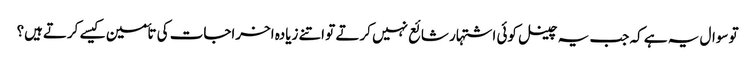
تو سوال یہ ہے کہ جب یہ چینل کوئی اشتہار شائع نہیں کرتے تو اتنے زیادہ اخراجات کی تأمین کیسے کرتےہیں؟